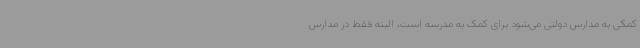
کمکی به مدارس دولتی می‌شود برای کمک به مدرسه است، البته فقط در مدارس